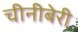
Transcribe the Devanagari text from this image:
चीनीबेरी